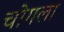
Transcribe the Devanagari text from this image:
चोगला